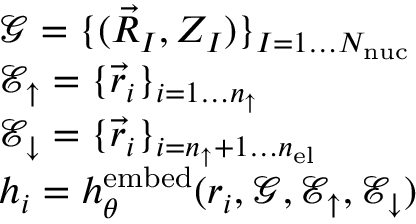
\begin{array} { r l } & { \mathcal { G } = \{ ( \vec { R } _ { I } , Z _ { I } ) \} _ { I = 1 \dots { N _ { \mathrm { n u c } } } } } \\ & { \mathcal { E } _ { \uparrow } = \{ \vec { r } _ { i } \} _ { i = 1 \dots { n _ { \uparrow } } } } \\ & { \mathcal { E } _ { \downarrow } = \{ \vec { r } _ { i } \} _ { i = { n _ { \uparrow } } + 1 \dots { n _ { \mathrm { e l } } } } } \\ & { { \boldsymbol { h } } _ { i } = h _ { \theta } ^ { \mathrm { e m b e d } } ( { \boldsymbol { r } } _ { i } , \mathcal { G } , \mathcal { E } _ { \uparrow } , \mathcal { E } _ { \downarrow } ) } \end{array}